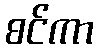
စင်ကာ